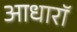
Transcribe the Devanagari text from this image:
आधारॉ